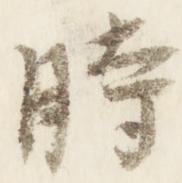
時